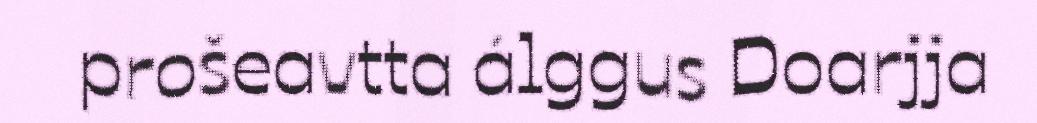
prošeavtta álggus Doarjja